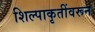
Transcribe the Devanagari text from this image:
शिल्पाकृतींवरून